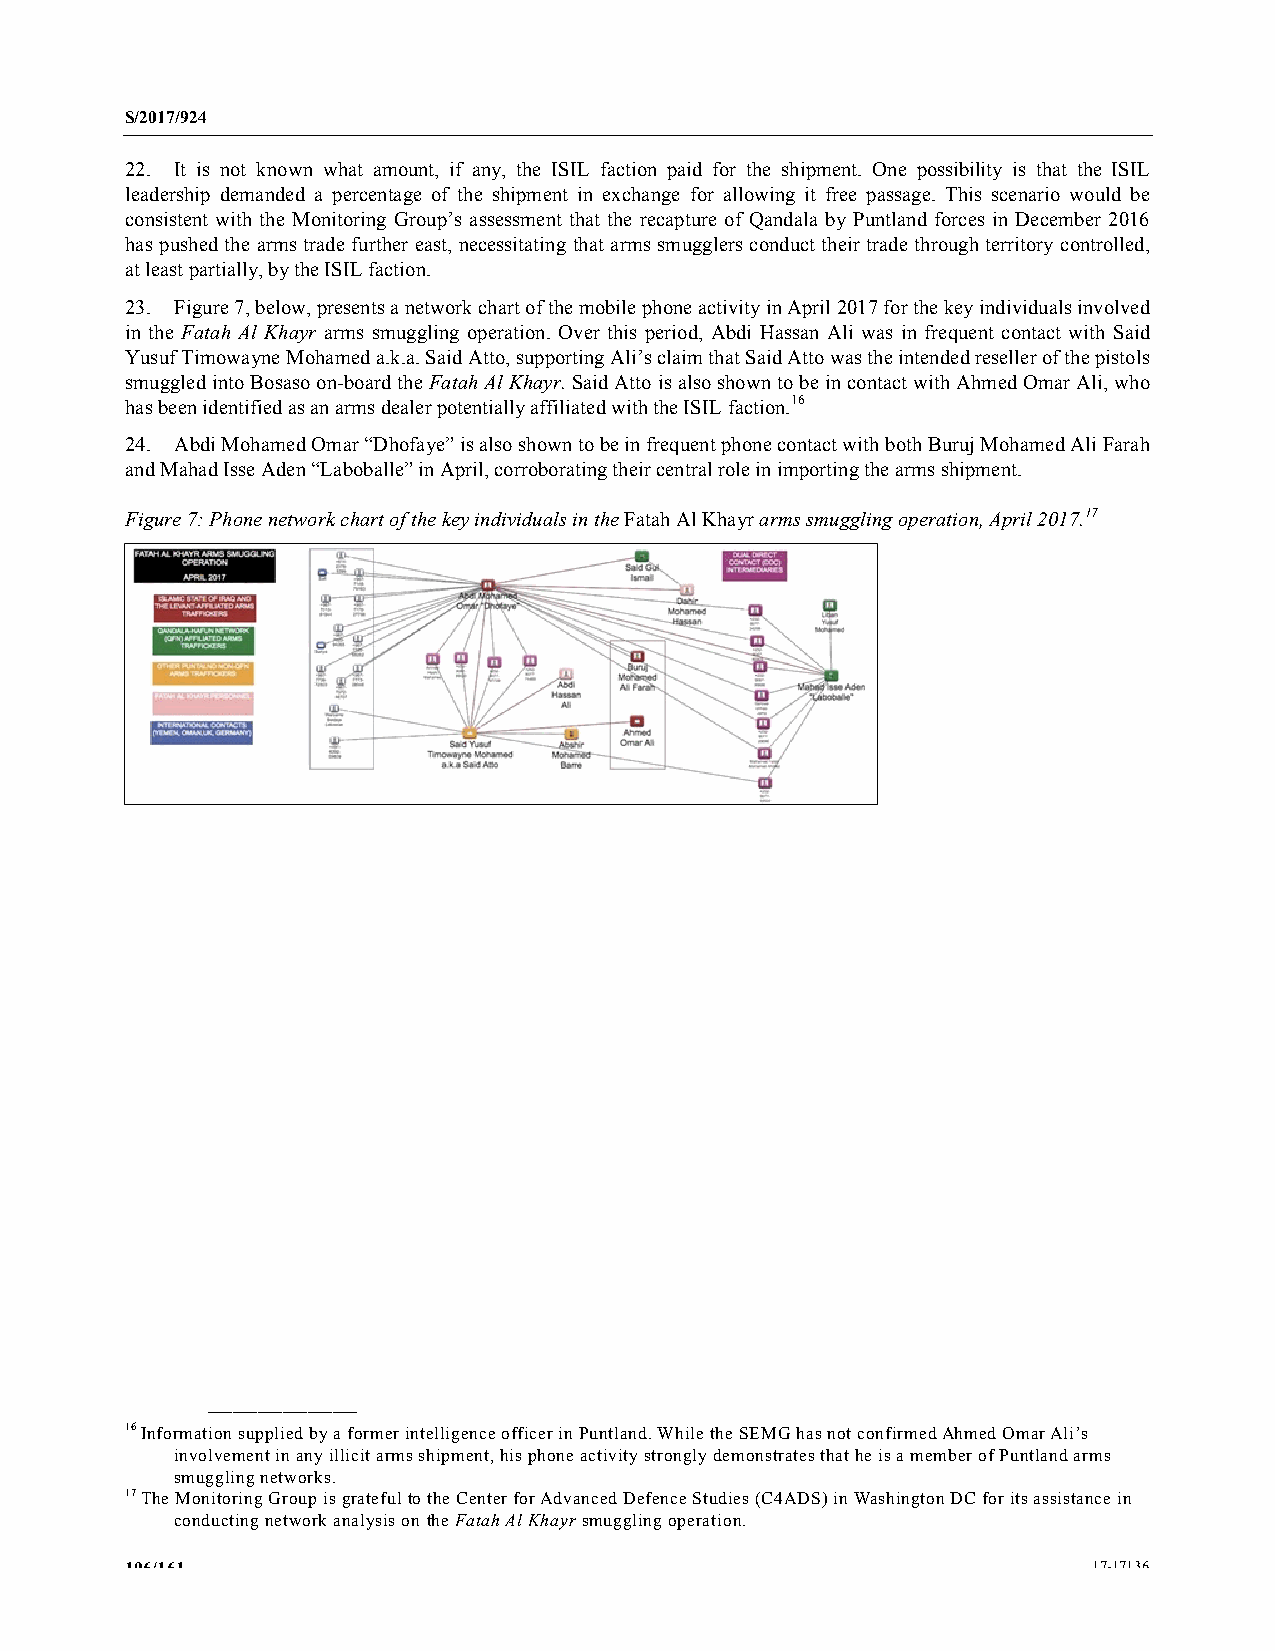
S/2017/924
 22. It is not known what amount, if any, the ISIL faction paid for the shipment. One possibility is that the ISIL
 leadership demanded a percentage of the shipment in exchange for allowing it free passage. This scenario would be
 consistent with the Monitoring Group’s assessment that the recapture of Qandala by Puntland forces in December 2016
 has pushed the arms trade further east, necessitating that arms smugglers conduct their trade through territory controlled,
 at least partially, by the ISIL faction.
 23. Figure 7, below, presents a network chart of the mobile phone activity in April 2017 for the key individuals involved
 in the Fatah Al Khayr arms smuggling operation. Over this period, Abdi Hassan Ali was in frequent contact with Said
 Yusuf Timowayne Mohamed a.k.a. Said Atto, supporting Ali’s claim that Said Atto was the intended reseller of the pistols
 smuggled into Bosaso on-board the Fatah Al Khayr. Said Atto is also shown to be in contact with Ahmed Omar Ali, who
 has been identified as an arms dealer potentially affiliated with the ISIL faction.16
 24. Abdi Mohamed Omar “Dhofaye” is also shown to be in frequent phone contact with both Buruj Mohamed Ali Farah
 and Mahad Isse Aden “Laboballe” in April, corroborating their central role in importing the arms shipment.
 Figure 7: Phone network chart of the key individuals in the Fatah Al Khayr arms smuggling operation, April 2017.17
 __________________
 16 Information supplied by a former intelligence officer in Puntland. While the SEMG has not confirmed Ahmed Omar Ali’s
 involvement in any illicit arms shipment, his phone activity strongly demonstrates that he is a member of Puntland arms
 smuggling networks.
 17 The Monitoring Group is grateful to the Center for Advanced Defence Studies (C4ADS) in Washington DC for its assistance in
 conducting network analysis on the Fatah Al Khayr smuggling operation.
 106/161                                                         17-17136